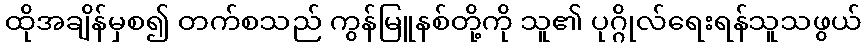
ထိုအချိန်မှစ၍ တက်စသည် ကွန်မြူနစ်တို့ကို သူ၏ ပုဂ္ဂိုလ်ရေးရန်သူသဖွယ်